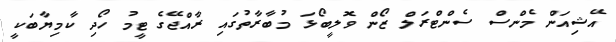
އޭޝިއަން މެންސް ސެންޓްރަލް ޒޯން ވޮލީބޯޅަ މުބާރާތުގައި ރާއްޖޭގެ ޓީމު ހޯދި ކާމިޔާބަކީ